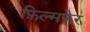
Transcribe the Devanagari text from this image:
फ़िल्मफेर